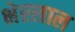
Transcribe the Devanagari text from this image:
भेस्‍लाल